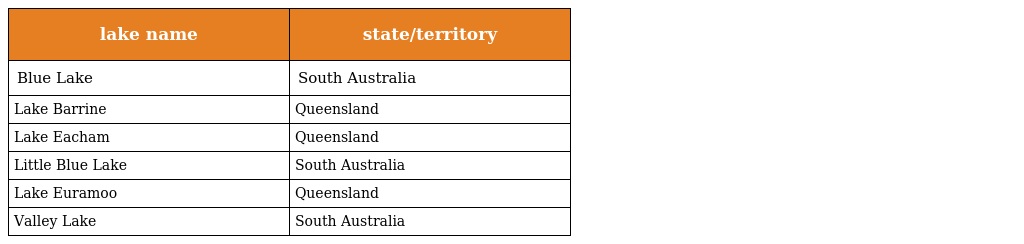
| lake name | state/territory |
 | --- | --- |
 | Blue Lake | South Australia |
 | Lake Barrine | Queensland |
 | Lake Eacham | Queensland |
 | Little Blue Lake | South Australia |
 | Lake Euramoo | Queensland |
 | Valley Lake | South Australia |